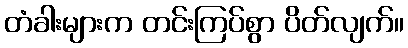
တံခါးများက တင်းကြပ်စွာ ပိတ်လျက်။